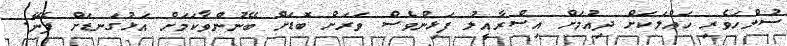
ސުލްހަވެރި ހައްލަކަށް ދިއުމަށް އިސްރާއީލު ފަޅިންވެސް ވަރަށް ބޮޑަށް ބޭނުންވާކަމަށް އަޅުގަނޑަށް ފެނޭ.